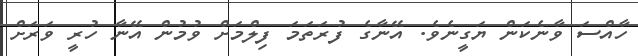
ހާއްސަ ވާނެކަން ޔަގީނެވެ. އޭނާގެ ފުރަތަމަ ފިލްމަށް ވުމުން އޭނާ ހުރީ ވަރަށް